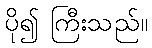
ပို၍ ကြီးသည်။